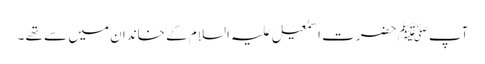
آپﷺ حضرت اسمٰعیل علیہ السلام کے خاندان میں سے تھے ۔